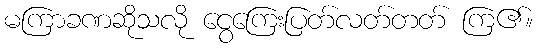
မကြာခဏဆိုသလို ငွေကြေးပြတ်လတ်တတ် ကြ၏။